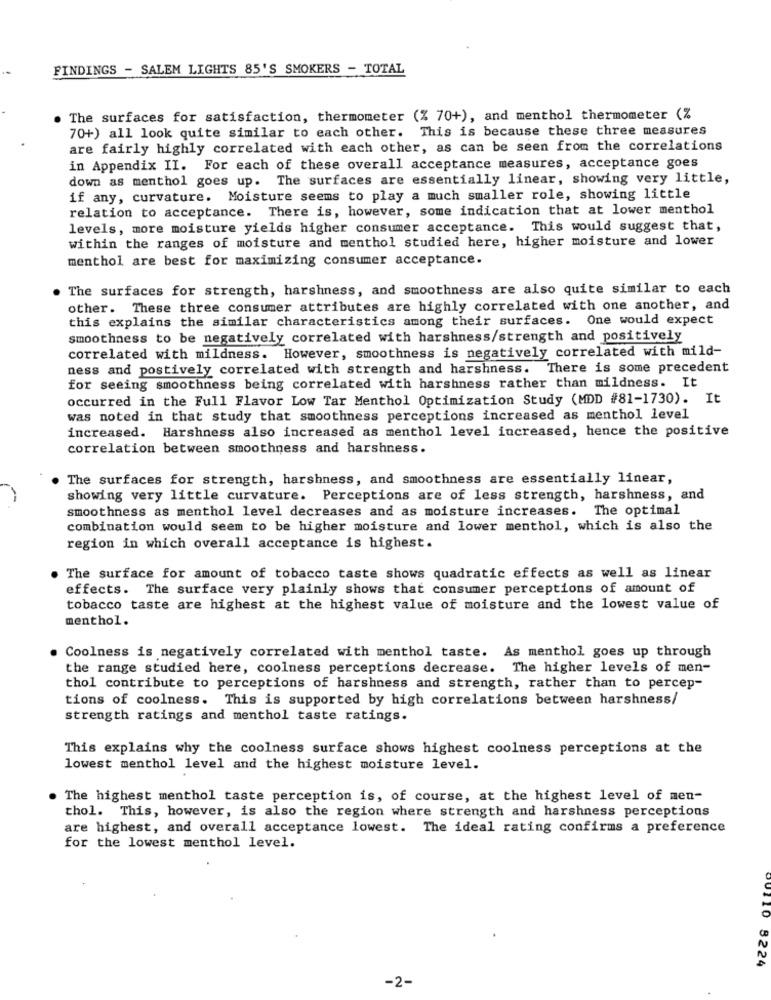
FINDINGS - SALEM LIGHTS 85'S SMOKERS - TOTAL
. The surfaces for satisfaction, thermometer (% 70+), and menthol thermometer (%
70+) all look quite similar to each other. This is because these three measures
are fairly highly correlated with each other, as can be seen from the correlations
in Appendix II. For each of these overall acceptance measures, acceptance goes
down as menthol goes up. The surfaces are essentially linear, showing very little,
if any, curvature. Moisture seems to play a much smaller role, showing little
relation to acceptance. There is, however, some indication that at lower menthol
levels, more moisture yields higher consumer acceptance. This would suggest that,
within the ranges of moisture and menthol studied here, higher moisture and lower
menthol are best for maximizing consumer acceptance.
The surfaces for strength, harshness, and smoothness are also quite similar to each
other. These three consumer attributes are highly correlated with one another, and
this explains the similar characteristics among their surfaces. One would expect
smoothness to be negatively correlated with harshness/strength and positively
correlated with mildness. However, smoothness is negatively correlated with mild-
ness and postively correlated with strength and harshness. There is some precedent
for seeing smoothness being correlated with harshness rather than mildness. It
occurred in the Full Flavor Low Tar Menthol Optimization Study (MDD #81-1730). It
was noted in that study that smoothness perceptions increased as menthol level
increased. Harshness also increased as menthol level increased, hence the positive
correlation between smoothness and harshness.
The surfaces for strength, harshness, and smoothness are essentially linear,
showing very little curvature. Perceptions are of less strength, harshness, and
smoothness as menthol level decreases and as moisture increases. The optimal
combination would seem to be higher moisture and lower menthol, which is also the
region in which overall acceptance is highest.
The surface for amount of tobacco taste shows quadratic effects as well as linear
effects. The surface very plainly shows that consumer perceptions of amount of
tobacco taste are highest at the highest value of moisture and the lowest value of
menthol.
Coolness is negatively correlated with menthol taste. As menthol goes up through
the range studied here, coolness perceptions decrease. The higher levels of men-
thol contribute to perceptions of harshness and strength, rather than to percep-
tions of coolness. This is supported by high correlations between harshness/
strength ratings and menthol taste ratings.
This explains why the coolness surface shows highest coolness perceptions at the
lowest menthol level and the highest moisture level.
The highest menthol taste perception is, of course, at the highest level of men-
thol. This, however, is also the region where strength and harshness perceptions
are highest, and overall acceptance lowest. The ideal rating confirms a preference
for the lowest menthol level.
00110 8224
-2-